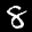
Label: 8